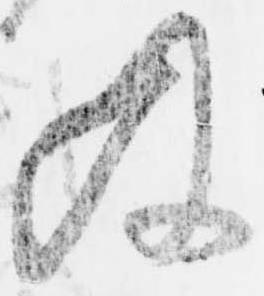
及